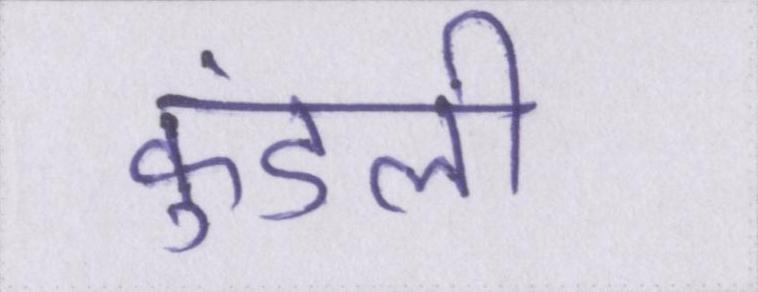
कुंडली